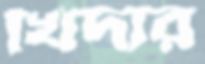
খিদার